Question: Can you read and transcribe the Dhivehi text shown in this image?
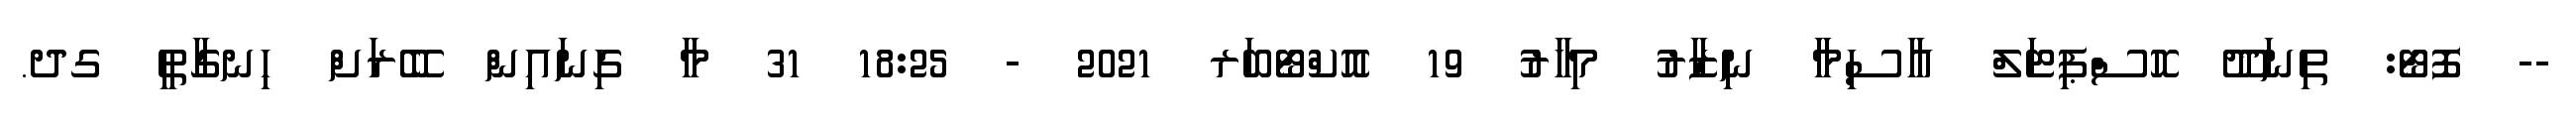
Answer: -- ފޮޓޯ: ތިނަދޫ ހޮސްޕިޓަލް އާސިމާ ނިޒާރު މިހާރު 19 އޮކްޓޯބަރ 2021 - 18:25 31 މާ ގިނައިން ބޭރަށް ހިނގާތީ ގދ.